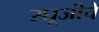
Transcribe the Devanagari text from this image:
रघूजीचे